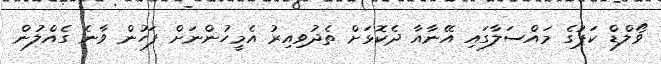
ވޯލްޑް ކަޕުގެ މައްސަލާގައި އޭނާއާ ދެކޮޅަށް ތެދުވިއިރު އެމީހުންނަށް ފަހުން ވާނެ ގެއްލުން